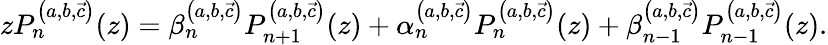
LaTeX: zP_{n}^{\left(a,b,\vec{c}\right)}(z)=\beta_{n}^{\left(a,b,\vec{c}\right)}P_{n+1}^{\left(a,b,\vec{c}\right)}(z)+\alpha_{n}^{\left(a,b,\vec{c}\right)}P_{n}^{\left(a,b,\vec{c}\right)}(z)+\beta_{n-1}^{\left(a,b,\vec{c}\right)}P_{n-1}^{\left(a,b,\vec{c}\right)}(z).